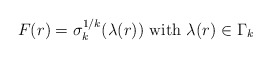
\begin{align*}F (r) = \sigma_k^{1/k} (\lambda(r)) \mbox{ with } \lambda(r) \in \Gamma_k\end{align*}